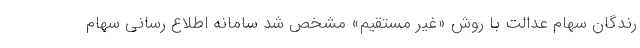
رندگان سهام عدالت با روش «غیر مستقیم» مشخص شد سامانه اطلاع رسانی سهام